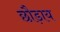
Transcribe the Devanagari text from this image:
छौड़ाय